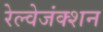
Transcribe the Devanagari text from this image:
रेल्वेजंक्शन